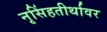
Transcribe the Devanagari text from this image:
नृसिंहतीर्थावर